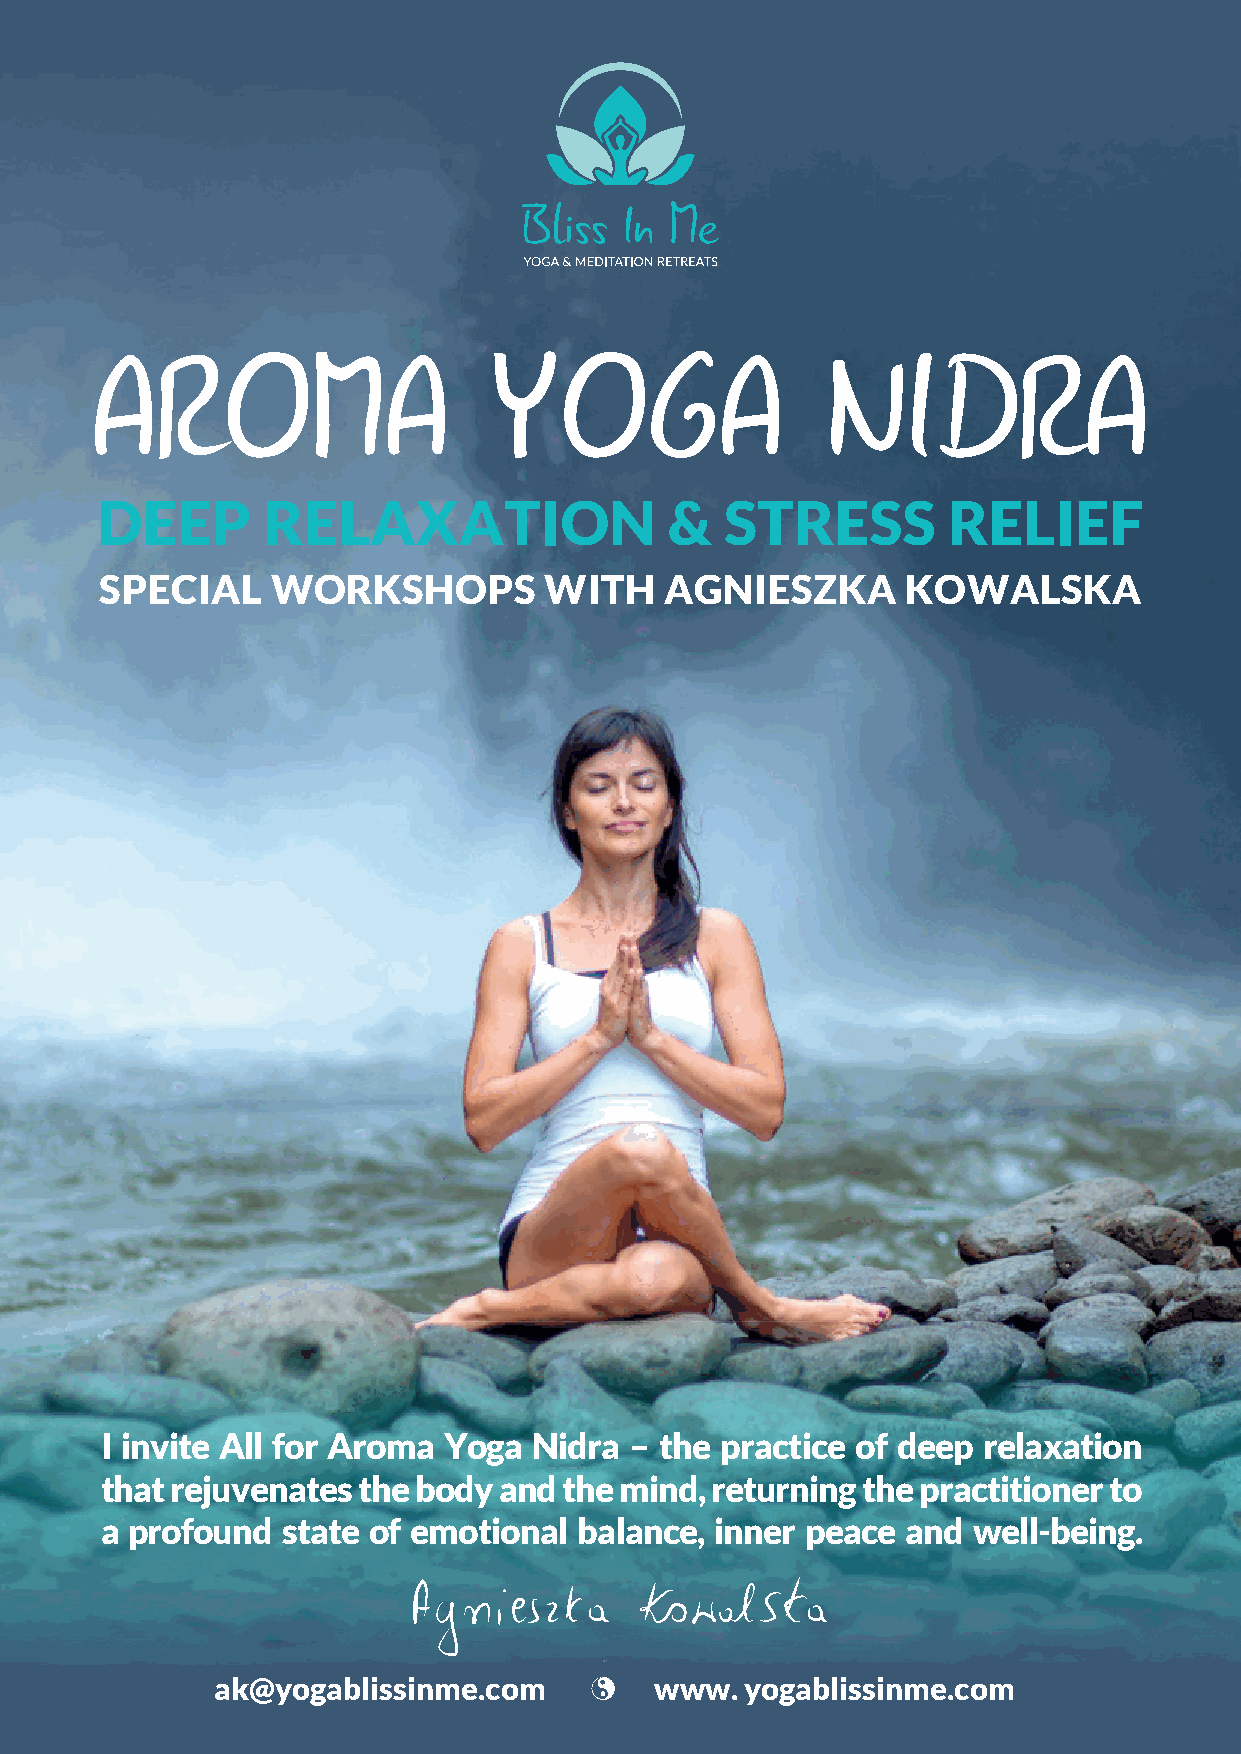
AROMA                     YOGA                   NIDRA
 DEEP       RELAXATION                 &   STRESS         RELIEF
 SPECIAL    WORKSHOPS         WITH    AGNIESZKA       KOWALSKA
 I invite All for Aroma Yoga Nidra  – the practice of deep relaxation
 that rejuvenates the body and the mind, returning the practitioner to
 a profound  state of emotional balance, inner peace  and well-being.
 ak@yogablissinme.com         www.  yogablissinme.com